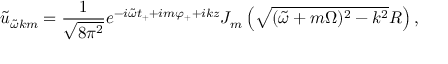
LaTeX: \tilde { u } _ { \tilde { \omega } k m } = \frac { 1 } { \sqrt { 8 \pi ^ { 2 } } } e ^ { - i \tilde { \omega } t _ { + } + i m \varphi _ { + } + i k z } J _ { m } \left( \sqrt { ( \tilde { \omega } + m \Omega ) ^ { 2 } - k ^ { 2 } } R \right) ,